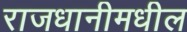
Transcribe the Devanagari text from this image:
राजधानीमधील